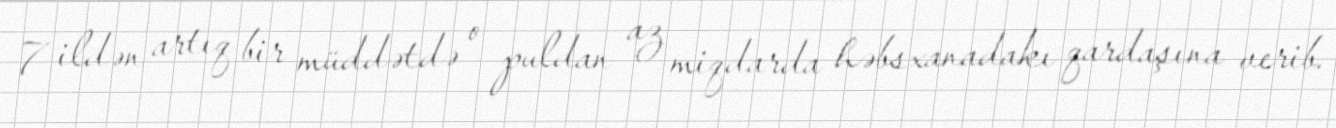
7 ildən artıq bir müddətdə o puldan az miqdarda həbsxanadakı qardaşına verib.